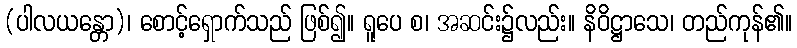
(ပါလယန္တော)၊ စောင့်ရှောက်သည် ဖြစ်၍။ ရူပေ စ၊ အဆင်း၌လည်း။ နိဝိဋ္ဌာသေ၊ တည်ကုန်၏။